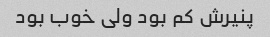
پنیرش کم بود ولی خوب بود